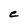
Character: e